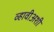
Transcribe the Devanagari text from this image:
व्हावीअशी